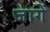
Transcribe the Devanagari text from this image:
जागें